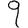
Digit: 9